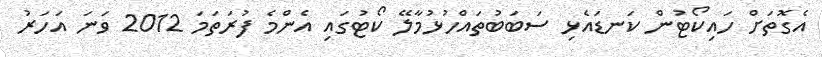
އެގޮތަށް ހައިކޯޓުން ކަނޑައެޅި ސަބަބުތައްހުޅުމާލޭ ކޯޓުގައި އެންމެ ފުރަތަމަ 2012 ވަނަ އަހަރު